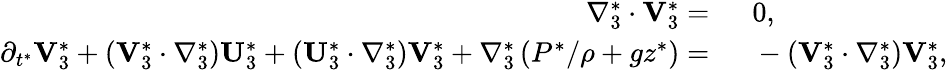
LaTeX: \begin{array}{rl}{\nabla_{3}^{*}\cdot\mathbf{V}_{3}^{*}=~}&{{}0,}\\ {\partial_{t^{*}}\mathbf{V}_{3}^{*}+(\mathbf{V}_{3}^{*}\cdot\nabla_{3}^{*})\mathbf{U}_{3}^{*}+(\mathbf{U}_{3}^{*}\cdot\nabla_{3}^{*})\mathbf{V}_{3}^{*}+\nabla_{3}^{*}\left(P^{*}/\rho+gz^{*}\right)=~}&{{}-(\mathbf{V}_{3}^{*}\cdot\nabla_{3}^{*})\mathbf{V}_{3}^{*},}\end{array}